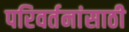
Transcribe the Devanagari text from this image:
परिवर्तनांसाठी